Medical and sanitary report of the native army of Bengal for the year
Year: 1875
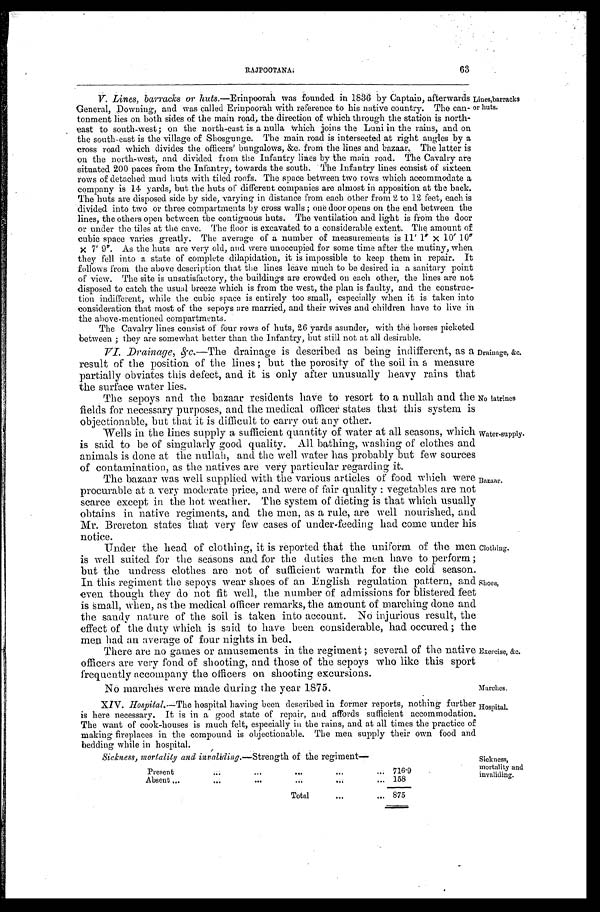
63
RAJPOOTANA.
V. Lines, barracks or huts .—Erinpoorah was founded in 1836 by Captain, afterwards
General, Downing, and was called Erinpoorah with reference to his native country. The can
-tonment lies on both sides of the main road, the direction of which through the station is north
- e a s t t o s o u t h - w e s t ; o n t h e n o r t h - e a s t i s a n u l l a w h i c h j o i n s t h e L u n i i n t h e r a i n s , a n d o n
the south-east is the village of Shosgunge. The main road is intersected at right angles by
cross road which divides the officers' bungalows, &c. from the lines and bazaar.The latter is
on the north-west, and divided from the Infantry lines by the main road. The Cavalry are
situated 200 paces from the Infantry, towards the south. The Infantry lines consist of sixteen
rows of detached mud huts with tiled roofs. The space between two rows which accommodate a
company is 14 yards, but the huts of different companies are almost in apposition at the back.
The huts are disposed side by side, varying in distance from each Other from 2 to 12 feet, each is
divided into two or three compartments by cross walls; one door opens on the end between the
lines, the others open between the contiguous huts. The ventilation and light is froth the door
or under the tiles at the cave. The floor is excavated to a considerable extent. The amount of
cubic space varies greatly. The average of a number of measurements is 11' x10' 10
x 7' 9". As the huts are very old, and were unoccupied for some time after the mutiny, when
they fell into a state of complete dilapidation, it is impossible to keep them in repair. It
follows froth the above description that the lines leave much to be desired in a sanitary point
of view. The site is unsatisfactory, the buildings are crowded on each other, the lines are not
disposed to catch the usual breeze which is from the west, the plan is faulty, and the construc
- t i o n i n d i f f e r e n t , w h i l e t h e c u b i c s p a c e i s e n t i r e l y t o o s m a l l , e s p e c i a l l y w h e n i t i s t a k e n i n t o
c o n s i d e r a t i o n t h a t m o s t o f t h e s e p o y s a r e m a r r i e d , a n d t h e i r w i v e s a n d c h i l d r e n h a v e t o l i v e i n
the above-mentioned compartments.
The Cavalry lines consist of four rows of huts, 26 yards asunder, with the horses picketed
between; they are somewhat better than the Infantry, but still not at all desirable.
Lines, barracks
or huts.
VI. Drainage, &c.—The drainage is described as being indifferent, as a
result of the position of the lines; but the porosity of the soil in a measure
partially obviates this defect, and it is only after unusually heavy rains that
the surface water lies.
The sepoys and the bazaar residents have to resort to a nullah and the
fields for necessary purposes, and the medical officer states that this system is
objectionable, but that it is difficult to carry out any other.
Wells in the lines supply a sufficient quantity of water at all seasons, which
is said to be of singularly good quality. All bathing, washing of clothes and
animals is done at the nullah, and the well water has probably but few sources
of contamination, as the natives are very particular regarding it.
The bazaar was well supplied with the various articles of food which were
procurable at a very moderate price, and were of fair quality: vegetables are not
scarce except in the hot weather. The system of dieting is that which usually
obtains in native regiments, and the men, as a rule, are well nourished, and
Mr. Brereton states that very few cases of under-feeding had come under his
n o t i c e .
Under the head of clothing, it is reported that the uniform of the men
is well suited for the seasons and for the ditties the men have to perform;
but the undress clothes are not of sufficient warmth for the cold season.
In this regiment the sepoys wear shoes of an English regulation pattern, and
even though they do not fit well, the number of admissions for blistered feet
is small, when, as the medical officer remarks, the amount of marching done and
the sandy nature of the soil is taken into account. No injurious result, the
effect of the duty which is said to have been considerable, had occured; the
men had an average of four nights in bed.
There are no games or amusements in the regiment; several of the native
officers are very fond of shooting, and those of the sepoys who like this sport
frequently accompany the officers on shooting excursions.
Drainage, &c.
No latrines.
Water-supply.
Bazaar.
Clothing.
Shoes,
Exercise, &c.
No marches were made during the year 1875.
Marches.
XIV. Hospital.—The hospital having been described in former reports, nothing further
is here necessary. It is in a good state of repair, and affords sufficient accommodation.
The want of cook-houses is much felt, especially in the rains, and at all times the practice of
making fireplaces in the compound is objectionable. The men supply their own food and
bedding while in hospital.
Hospital.
Sickness, mortality and invaliding.—Strength of the regiment—
Present . . .
7 1 6 . 9
Absent . . .
1 5 8
T o t a l . . .
8 7 5
Sickness,
mortality and
invaliding.